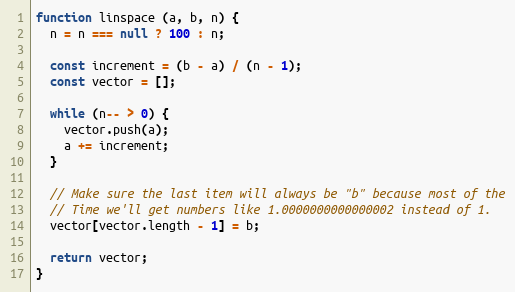
Language: JavaScript
function linspace (a, b, n) {
  n = n === null ? 100 : n;

  const increment = (b - a) / (n - 1);
  const vector = [];

  while (n-- > 0) {
    vector.push(a);
    a += increment;
  }

  // Make sure the last item will always be "b" because most of the
  // Time we'll get numbers like 1.0000000000000002 instead of 1.
  vector[vector.length - 1] = b;

  return vector;
}